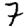
Digit: 7